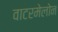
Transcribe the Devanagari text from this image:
वाटरमेलोन